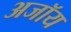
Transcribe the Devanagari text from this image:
अजॉय